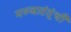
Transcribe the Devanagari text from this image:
मज्जातंतूंची